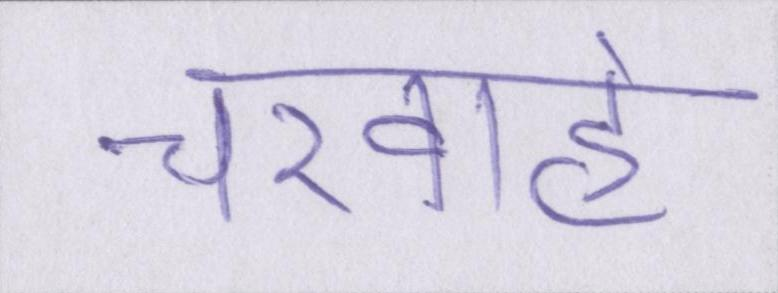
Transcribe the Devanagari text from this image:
चरवाहे